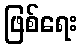
ဖြစ်ရေး